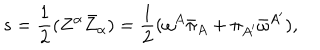
s = { \frac { 1 } { 2 } } ( Z ^ { \alpha } \bar { Z } _ { \alpha } ) = { \frac { 1 } { 2 } } ( { \omega ^ { A } } { \bar { \pi } _ { A } } + { \pi _ { A ^ { \prime } } } { \bar { \omega } ^ { A ^ { \prime } } } ) ,